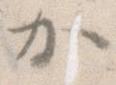
か